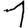
Digit: 1